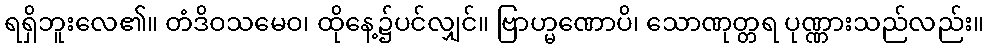
ရရှိဘူးလေ၏။ တံဒိဝသမေဝ၊ ထိုနေ့၌ပင်လျှင်။ ဗြာဟ္မဏောပိ၊ သောဏုတ္တရ ပုဏ္ဏားသည်လည်း။